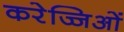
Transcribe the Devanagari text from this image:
करेज्जिओं